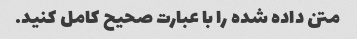
متن داده شده را با عبارت صحیح کامل کنید.